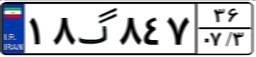
۸۹گ۴۹۴۹۴